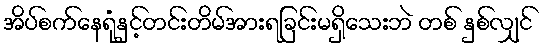
အိပ်စက်နေရုံနှင့်တင်းတိမ်အားရခြင်းမရှိသေးဘဲ တစ် နှစ်လျှင်